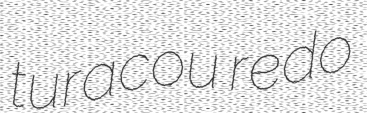
turacou redo